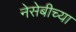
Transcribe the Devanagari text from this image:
नेसेबीच्या